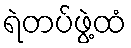
ရဲတပ်ဖွဲ့ထံ